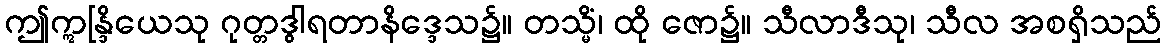
ဤဣန္ဒြိယေသု ဂုတ္တဒွါရတာနိဒ္ဒေသ၌။ တသ္မိံ၊ ထို ဇော၌။ သီလာဒီသု၊ သီလ အစရှိသည်